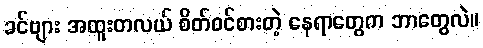
ခင်ဗျား အထူးတလယ် စိတ်ဝင်စားတဲ့ နေရာတွေက ဘာတွေလဲ။